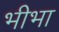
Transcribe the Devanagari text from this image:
भीभा